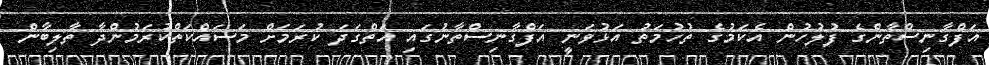
އަފްގާނިސްތާންގެ ފުލުހުން އެކަމުގެ ތުހުމަތު އަޅުވަނީ އަފްގާނިސްތާނުގައި އަތްގަދަ ކުރަމަށް މަސައްކަތްކުރަމުންދާ ތާލިބާން